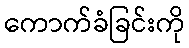
ကောက်ခံခြင်းကို